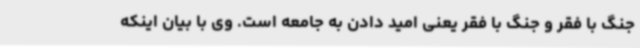
جنگ با فقر و جنگ با فقر یعنی امید دادن به جامعه است. وی با بیان اینکه